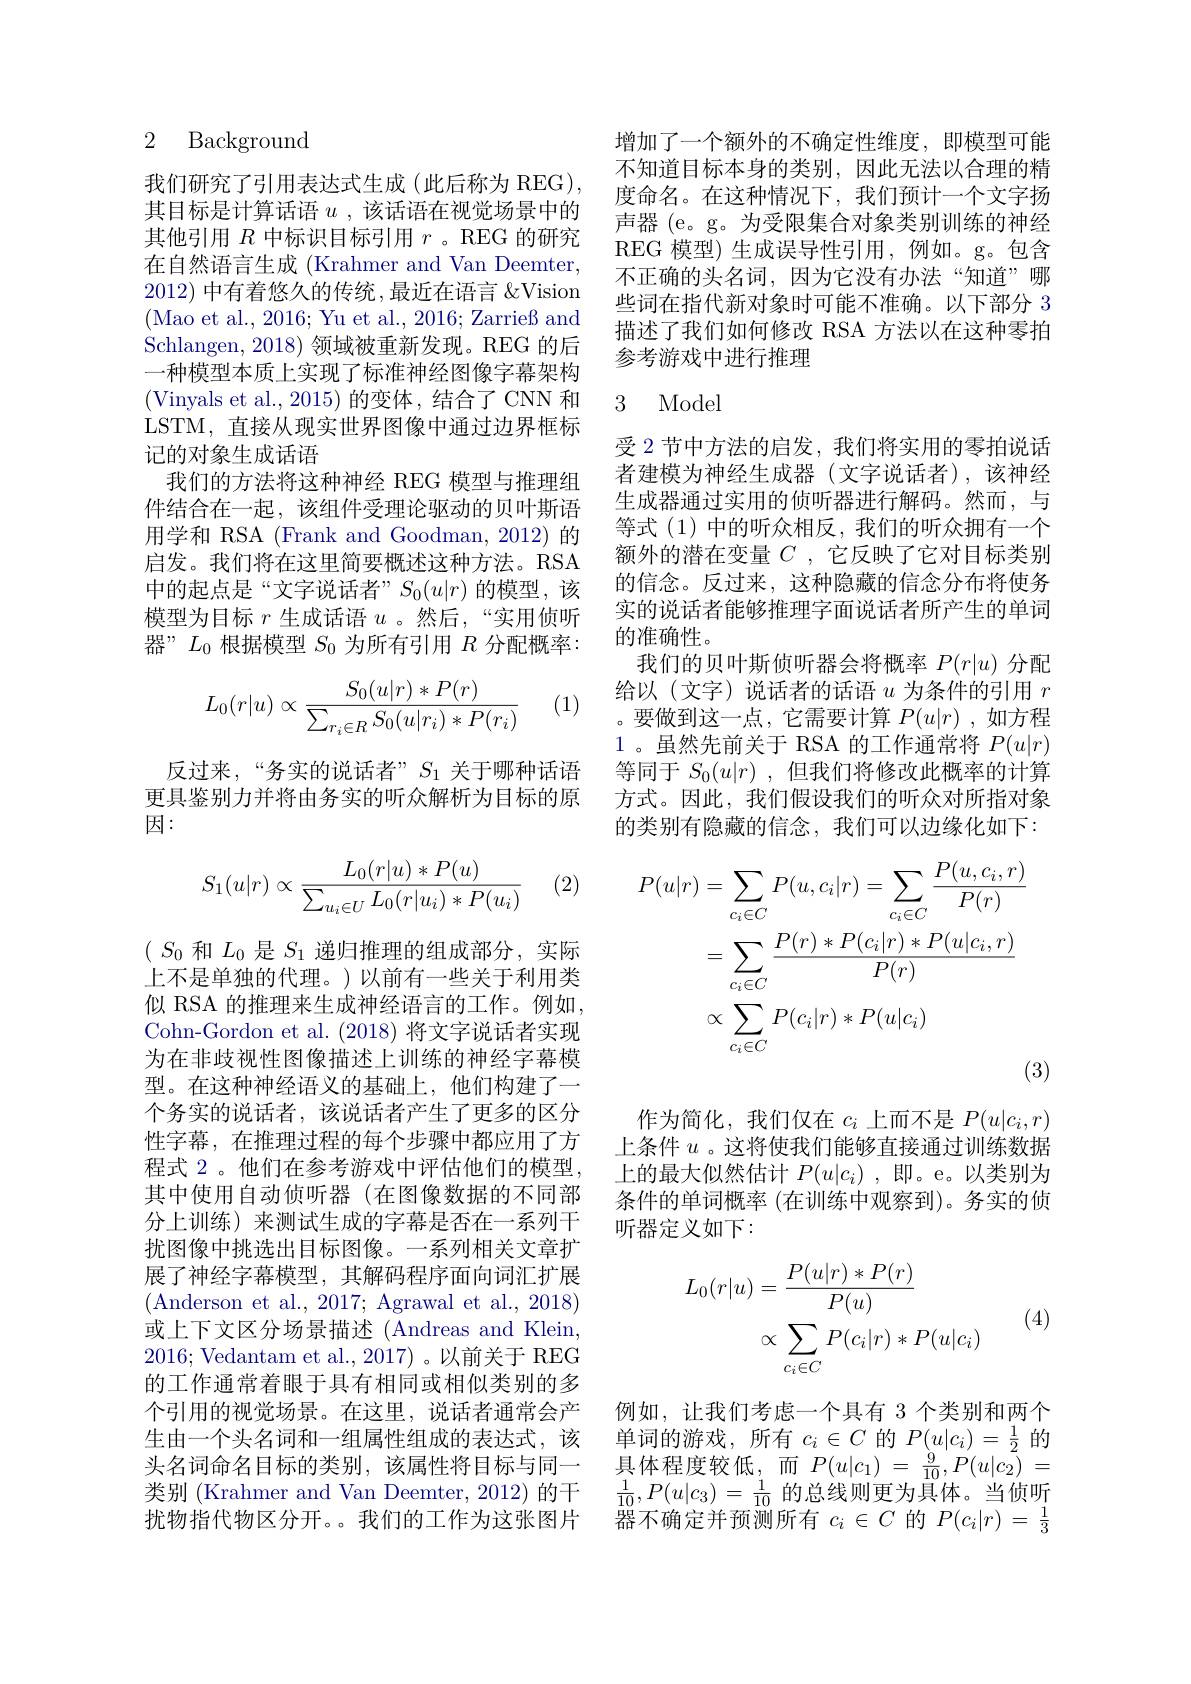
2 Background

我们研究了引用表达式生成(此后称为 REG), 其目标是计算话语$u$ ,该话语在视觉场景中的其他引用$R$中标识目标引用$r$ 。REG 的研究在自然语言生成 (Krahmer and Van Deemter, 2012)中有着悠久的传统，最近在语言 &Vision (Mao et al., 2016; Yu et al., 2016; Zarrieß and Schlangen, 2018) 领域被重新发现。REG 的后一种模型本质上实现了标准神经图像字幕架构(Vinyals et al., 2015)的变体，结合了 CNN 和LSTM, 直接从现实世界图像中通过边界框标记的对象生成话语
我们的方法将这种神经 REG 模型与推理组件结合在一起，该组件受理论驱动的贝叶斯语用学和 RSA (Frank and Goodman, 2012)的启发。我们将在这里简要概述这种方法。RSA 中的起点是“文字说话者”$S_0(u|r)$的模型，该模型为目标$r$生成话语$u$ 。然后，“实用侦听器”$L_0$根据模型$S_0$为所有引用$R$分配概率：
$$L_0(r|u)\propto\frac{S_0(u|r)*P(r)}{\sum_{r_i\in R}S_0(u|r_i)*P(r_i)}$$
(1)

反过来，“务实的说话者”$S_{1}$关于哪种话语更具鉴别力并将由务实的听众解析为目标的原因：
$$S_1(u|r)\propto\frac{L_0(r|u)*P(u)}{\sum_{u_i\in U}L_0(r|u_i)*P(u_i)}$$
(2)

$(\begin{array}{c}S_0\text{ 和 }L_0\text{ 是 }S_1\text{ 递归推理的组成部分，实际}\\\end{array}$ 上不是单独的代理。)以前有一些关于利用类似 RSA 的推理来生成神经语言的工作。例如， Cohn-Gordon et al. (2018)将文字说话者实现为在非歧视性图像描述上训练的神经字幕模型。在这种神经语义的基础上，他们构建了一个务实的说话者，该说话者产生了更多的区分性字幕，在推理过程的每个步骤中都应用了方程式 2。他们在参考游戏中评估他们的模型， 其中使用自动侦听器(在图像数据的不同部分上训练) 来测试生成的字幕是否在一系列干扰图像中挑选出目标图像。一系列相关文章扩展了神经字幕模型，其解码程序面向词汇扩展(Anderson et al., 2017; Agrawal et al., 2018) 或上下文区分场景描述 (Andreas and Klein, 2016; Vedantam et al., 2017)。以前关于 REG 的工作通常着眼于具有相同或相似类别的多个引用的视觉场景。在这里，说话者通常会产生由一个头名词和一组属性组成的表达式，该头名词命名目标的类别，该属性将目标与同一类别 (Krahmer and Van Deemter, 2012) 的干扰物指代物区分开。。我们的工作为这张图片

增加了一个额外的不确定性维度，即模型可能不知道目标本身的类别，因此无法以合理的精度命名。在这种情况下，我们预计一个文字扬声器 (e。g。为受限集合对象类别训练的神经REG 模型)生成误导性引用，例如。g。包含不正确的头名词，因为它没有办法“知道”哪些词在指代新对象时可能不准确。以下部分 3描述了我们如何修改 RSA 方法以在这种零拍参考游戏中进行推理

### 3 Model

受 2 节中方法的启发，我们将实用的零拍说话者建模为神经生成器(文字说话者),该神经生成器通过实用的侦听器进行解码。然而，与等式(1)中的听众相反，我们的听众拥有一个额外的潜在变量$C$ ,它反映了它对目标类别的信念。反过来，这种隐藏的信念分布将使务实的说话者能够推理字面说话者所产生的单词的准确性。
我们的贝叶斯侦听器会将概率$P(r|u)$分配给以(文字)说话者的话语$u$为条件的引用$r$ 。要做到这一点，它需要计算$P(u|r)$ ,如方程1。虽然先前关于 RSA 的工作通常将$P(u|r)$ 等同于$S_0( u| r)$ ,但我们将修改此概率的计算方式。因此，我们假设我们的听众对所指对象的类别有隐藏的信念，我们可以边缘化如下：
$$\begin{aligned}P(u|r)&=\sum_{c_i\in C}P(u,c_i|r)=\sum_{c_i\in C}\frac{P(u,c_i,r)}{P(r)}\\&=\sum_{c_i\in C}\frac{P(r)*P(c_i|r)*P(u|c_i,r)}{P(r)}\\&\propto\sum_{c_i\in C}P(c_i|r)*P(u|c_i)\\&&\text{(3}\end{aligned}$$
作为简化，我们仅在$c_i$上而不是$P(u|c_i,r)$ 上条件$u$ 。这将使我们能够直接通过训练数据上的最大似然估计$P(u|c_i)$ ,即。e。以类别为条件的单词概率 (在训练中观察到)。务实的侦听器定义如下：
$$\begin{aligned}L_{0}(r|u)&=\frac{P(u|r)*P(r)}{P(u)}\\&\propto\sum_{c_i\in C}P(c_i|r)*P(u|c_i)\end{aligned}$$
(4)

例如，让我们考虑一个具有 3 个类别和两个单词的游戏，所有$c_i\in C$的$P(u|c_i)=\frac12$的具体程度较低，而$P(u|c_1)=\frac{9}{10},P(u|c_2)=$ $\frac{1}{10},P(u|c_3)=\frac{1}{10}$的总线则更为具体。当侦听$\ddot{\text{器 不 确 定 并 预 测 所 有 }}$ $c_i\in C$ 的$P(c_i|r)=\frac13$